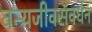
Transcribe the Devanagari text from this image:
वन्यजीवसंवर्धन